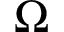
\Omega